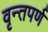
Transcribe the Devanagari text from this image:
वृन्तपर्ण